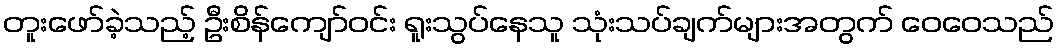
တူးဖော်ခဲ့သည့် ဦးစိန်ကျော်ဝင်း ရူးသွပ်နေသူ သုံးသပ်ချက်များအတွက် ဝေဝေသည်